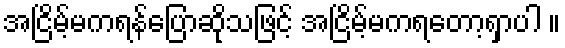
အငြိမ့်မကရန်ပြောဆိုသဖြင့် အငြိမ့်မကရတော့ရှာပါ ။